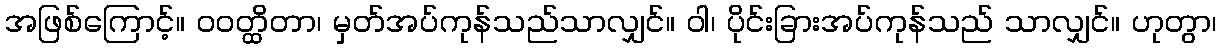
အဖြစ်ကြောင့်။ ဝဝတ္ထိတာ၊ မှတ်အပ်ကုန်သည်သာလျှင်။ ဝါ၊ ပိုင်းခြားအပ်ကုန်သည် သာလျှင်။ ဟုတွာ၊